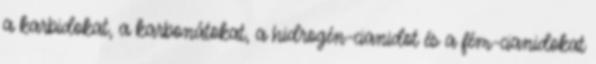
a karbidokat, a karbonátokat, a hidrogén-cianidot és a fém-cianidokat